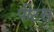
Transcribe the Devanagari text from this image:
पीटस